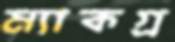
ম্যাকগ্র